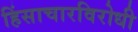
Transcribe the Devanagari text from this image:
हिंसाचारविरोधी